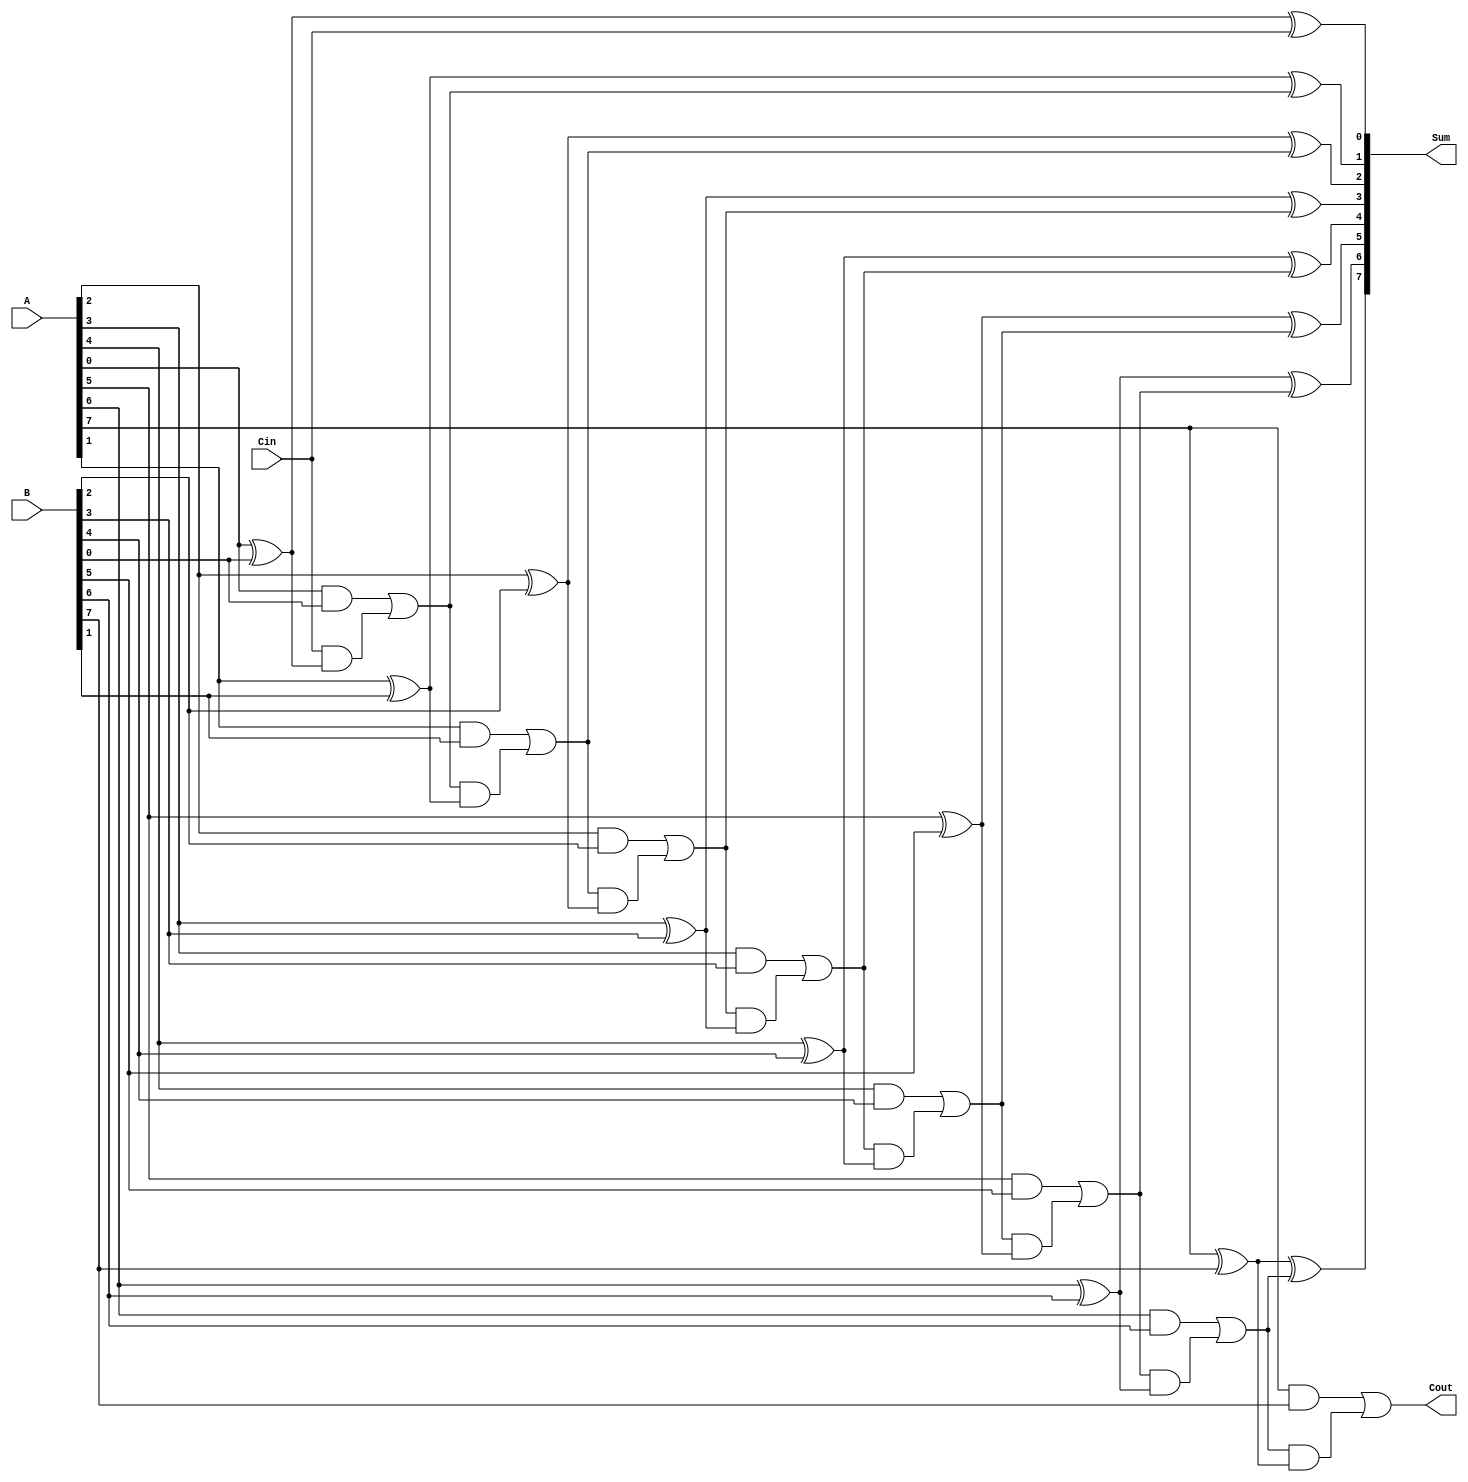
module ParallelFullAdder #(parameter N = 8) (
    input  [N-1:0] A,
    input  [N-1:0] B,
    input          Cin,
    output [N-1:0] Sum,
    output         Cout
);

    wire [N:0] Carry;  // Intermediate carry signals

    assign Carry[0] = Cin; // Carry-in for the least significant bit
   
    genvar i;
    generate
        for (i = 0; i < N; i = i + 1) begin : full_adder
            assign Sum[i] = A[i] ^ B[i] ^ Carry[i]; // Sum calculation
            assign Carry[i + 1] = (A[i] & B[i]) | (Carry[i] & (A[i] ^ B[i])); // Carry calculation
        end
    endgenerate

    assign Cout = Carry[N]; // Final carry-out is the last carry

endmodule